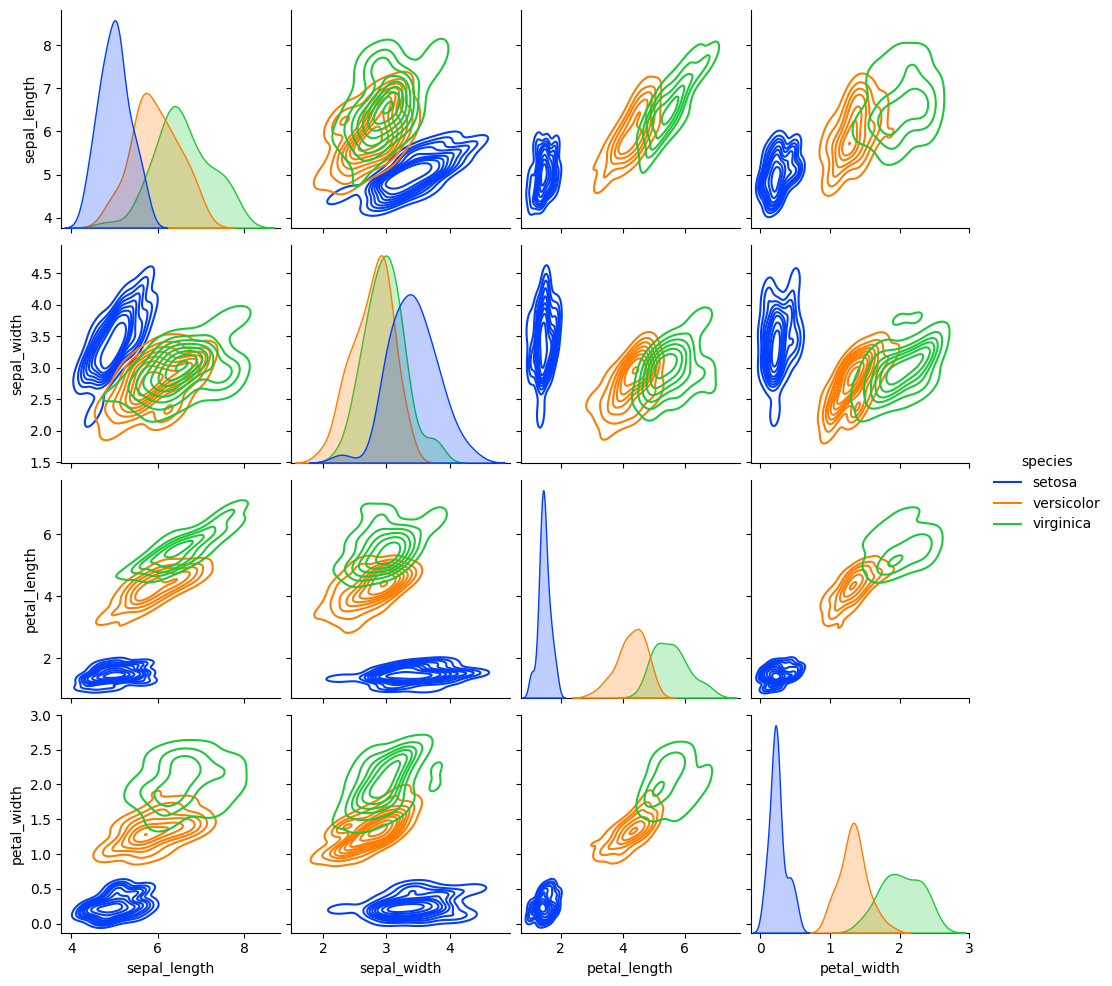
python, seaborn, pairplot, palette='bright', markers=['o'], kind='kde', diag_kind='auto'